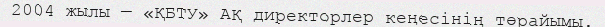
2004 жылы — «ҚБТУ» АҚ директорлер кеңесінің төрайымы.